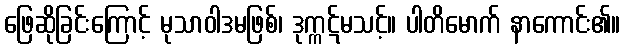
ဖြေဆိုခြင်းကြောင့် မုသာဝါဒမဖြစ်၊ ဒုက္ကဋ်မသင့်။ ပါတိမောက် နာကောင်း၏။